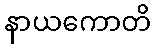
နာယကောတိ